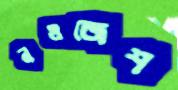
নওজেশ